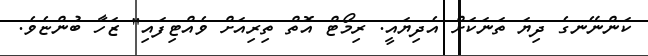
ކަންނޭނގެ ދިޔަ ތަނަކަށް އެދިޔައީ. ރިމޯޓް އޮތް ތިރިއަށް ވެއްޓިފައި" ޒަހާ ބުންޏެވެ.